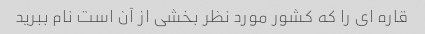
قاره ای را که کشور مورد نظر بخشی از آن است نام ببرید